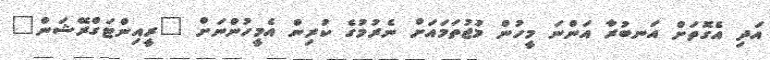
އަދި އެގޮތަށް އަނބުރާ އަންނަ މީހުން މުޖުތަމައަށް ނެރުމުގެ ކުރިން އެމީހުންނަށް "ރީއިންޓަގްރޭޝަން"